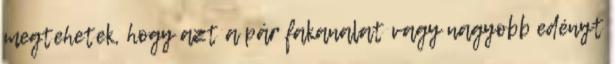
megtehetek, hogy azt a pár fakanalat vagy nagyobb edényt